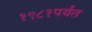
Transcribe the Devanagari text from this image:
१९८१पर्यंत